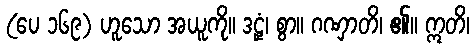
(ပေ ၁၆၉) ဟူသော အယူကို။ ဒဠှံ၊ စွာ။ ဂဏှာတိ၊ ၏။ ဣတိ၊